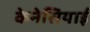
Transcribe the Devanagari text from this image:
केनेसियाई